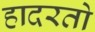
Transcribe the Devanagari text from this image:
हादरतो